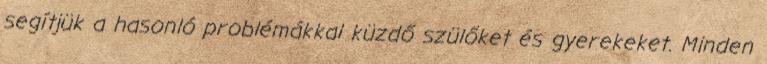
segítjük a hasonló problémákkal küzdő szülőket és gyerekeket. Minden